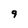
Character: 9